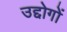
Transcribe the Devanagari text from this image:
उद्दोगों